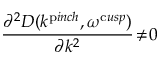
\frac { \partial ^ { 2 } D ( k ^ { \mathrm { p } i n c h } , \omega ^ { \mathrm { c } u s p } ) } { \partial k ^ { 2 } } \! \ne \! 0